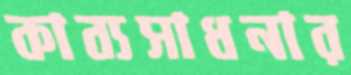
কাব্যসাধনার